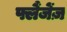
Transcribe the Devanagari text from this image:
फ्लैंजेंज़